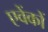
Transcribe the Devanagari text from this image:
एवेंकों